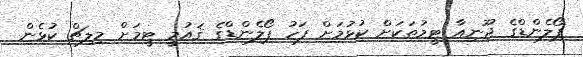
ޕޯލެންޑްގެ ޖޫނިއާ ޓީމުތަކަށް ކުޅުމަށް ފަހު ޕޯލެންޑްގެ ޤައުމީ ޓީމަށް މިލިޗް ކުޅެން